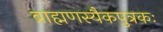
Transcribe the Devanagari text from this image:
ब्राह्मणस्यैकपुत्रकः